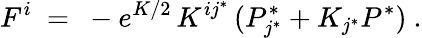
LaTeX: F^{i}\ =\ -e^{K/2}\, K^{ij^{*}}\, (P_{j^{*}}^{*}+K_{j^{*}}P^{*})~.